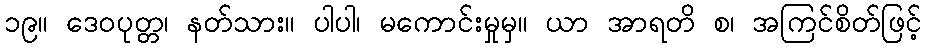
၁၉။ ဒေဝပုတ္တ၊ နတ်သား။ ပါပါ၊ မကောင်းမှုမှ။ ယာ အာရတိ စ၊ အကြင်စိတ်ဖြင့်